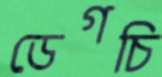
ডেগচি